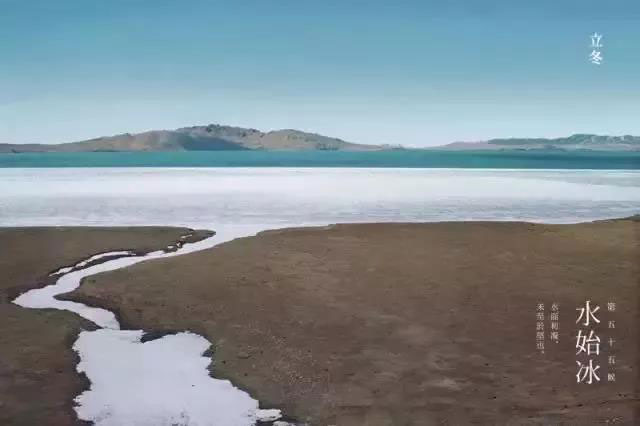
败叶填溪水已冰，夕阳犹照短长亭。